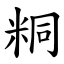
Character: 粡